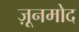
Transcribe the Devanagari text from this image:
ज़ूनमोद